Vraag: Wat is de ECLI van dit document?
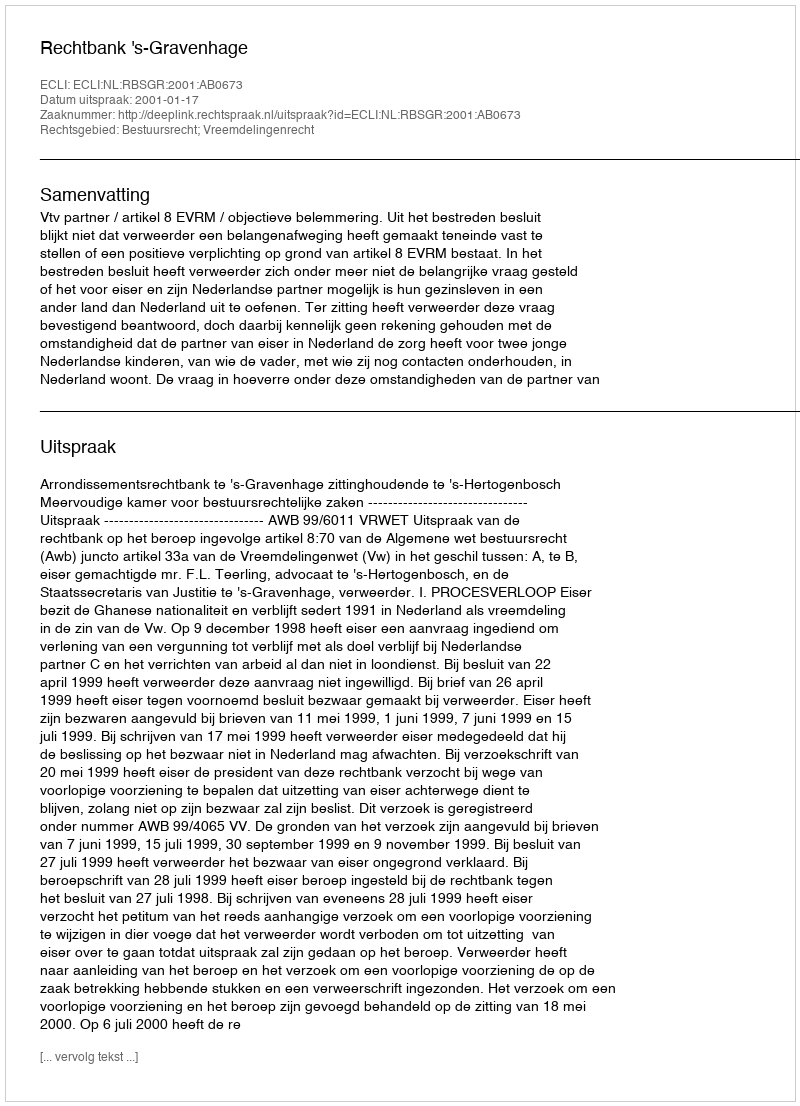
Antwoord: ECLI:NL:RBSGR:2001:AB0673